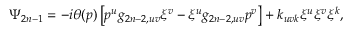
\Psi _ { 2 n - 1 } = - i \theta ( p ) \left[ p ^ { u } g _ { 2 n - 2 , u v } \xi ^ { v } - \xi ^ { u } g _ { 2 n - 2 , u v } p ^ { v } \right] + k _ { u v k } \xi ^ { u } \xi ^ { v } \xi ^ { k } ,